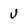
Character: u